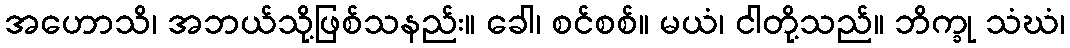
အဟောသိ၊ အဘယ်သို့ဖြစ်သနည်း။ ခေါ၊ စင်စစ်။ မယံ၊ ငါတို့သည်။ ဘိက္ခု သံဃံ၊